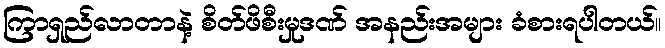
ကြာရှည်လာတာနဲ့ စိတ်ဖိစီးမှုဒဏ် အနည်းအများ ခံစားရပါတယ်။